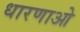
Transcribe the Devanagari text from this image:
धारणाओ